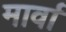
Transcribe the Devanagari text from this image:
मार्वा